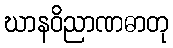
ဃာနဝိညာဏဓာတု